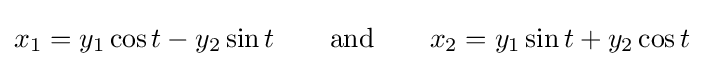
x_{1}=y_{1}\cos t-y_{2}\sin t\qquad {\text{and}}\qquad x_{2}=y_{1}\sin t+y_{2}\cos t